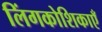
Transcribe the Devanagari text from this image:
लिंगकोशिकाएँ